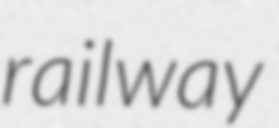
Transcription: railway